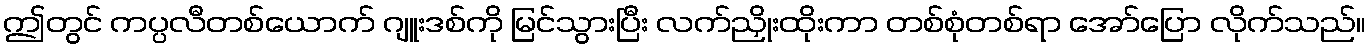
ဤတွင် ကပ္ပလီတစ်ယောက် ဂျူးဒစ်ကို မြင်သွားပြီး လက်ညှိုးထိုးကာ တစ်စုံတစ်ရာ အော်ပြော လိုက်သည်။